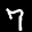
Label: 7